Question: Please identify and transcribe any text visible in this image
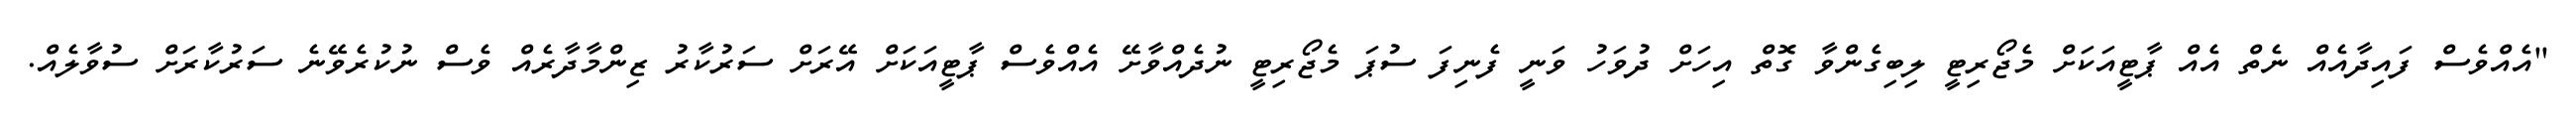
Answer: "އެއްވެސް ފައިދާއެއް ނެތް އެއް ޕާޓީއަކަށް މެޖޯރިޓީ ލިބިގެންވާ ގޮތް އިހަށް ދުވަހު ވަނީ ފެނިފަ ސުޕަ މެޖޯރިޓީ ނުދެއްވާށޭ އެއްވެސް ޕާޓީއަކަށް އޭރަށް ސަރުކާރު ޒިންމާދާރެއް ވެސް ނުކުރެވޭނެ ސަރުކާރަށް ސުވާލެއް.